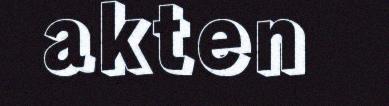
akten